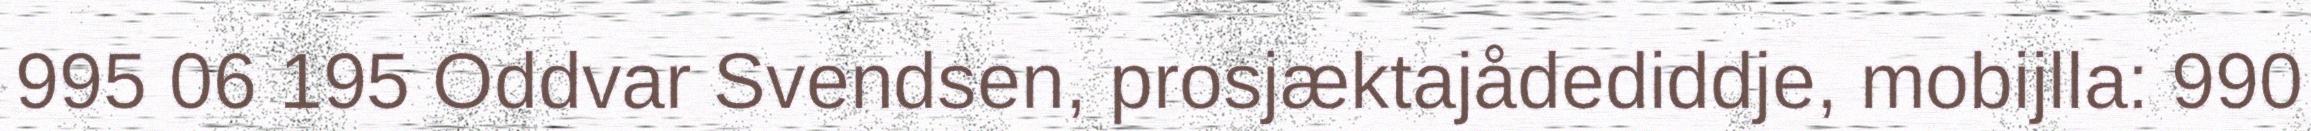
995 06 195 Oddvar Svendsen, prosjæktajådediddje, mobijlla: 990